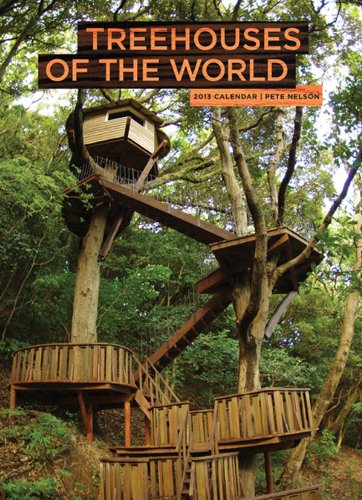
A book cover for Treehouses of the World 2013 Wall Calendar; Pete Nelson; Calendars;